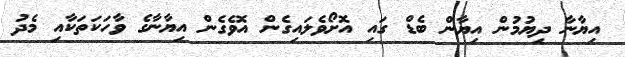
އިޔާނާ ދިޔުމުން އިޔާން ބެޑް ގައި އޮށޯވެލައިގެން އޮވެގެން އިޔާނާގެ ވާހަކަތަކާއި މެދު